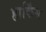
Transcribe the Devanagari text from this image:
हार्किंस